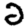
Digit: 2